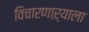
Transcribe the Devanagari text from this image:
विचारणाऱ्याला